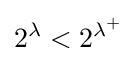
2^{\lambda }<2^{\lambda ^{+}}